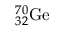
^ { 7 0 } _ { 3 2 } \mathrm { G e }